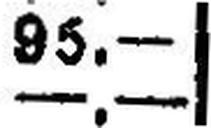
—.—